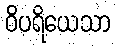
ဝိပရိယေသာ